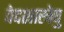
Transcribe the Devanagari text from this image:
वेदशास्त्रेषु